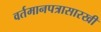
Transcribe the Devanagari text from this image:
वर्तमानपत्रासारखी